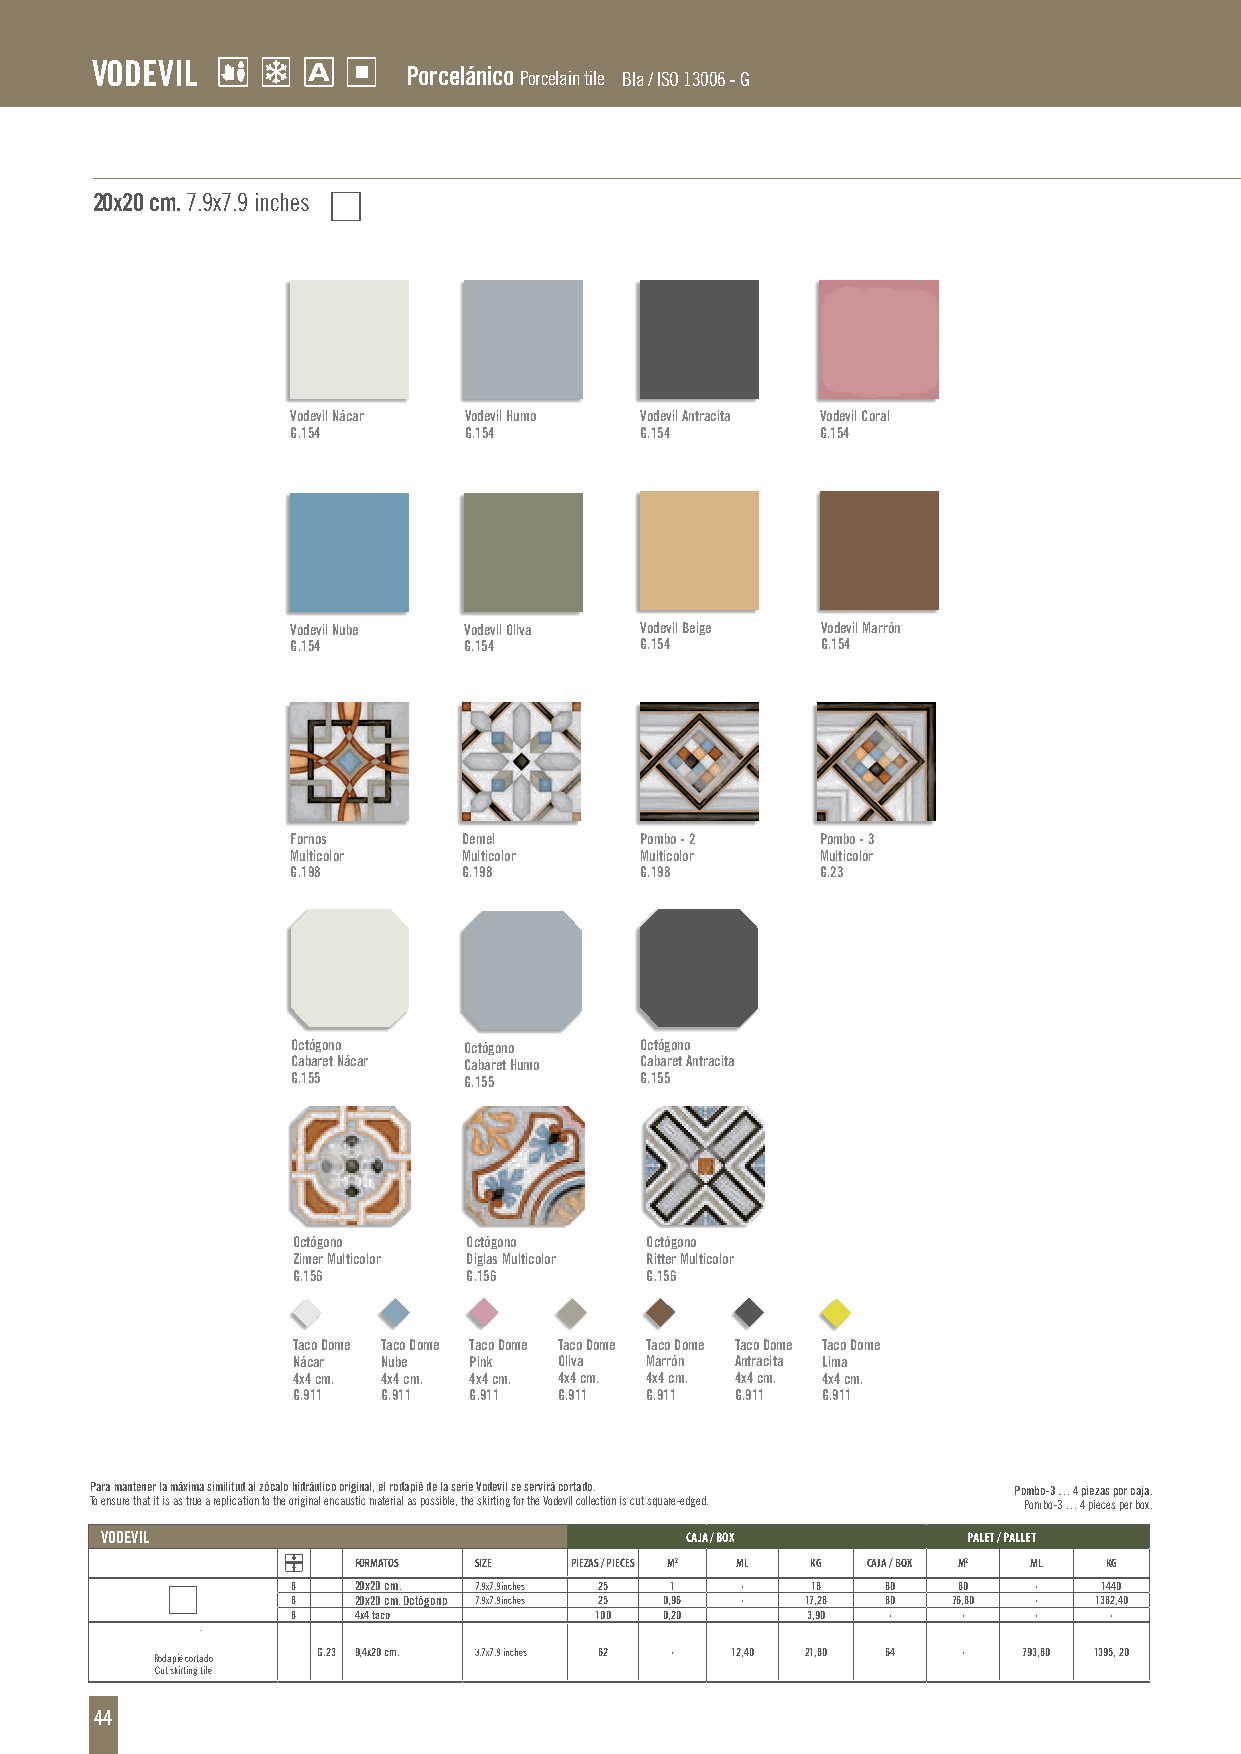
VODVEoVdILevil
 Porcelánico PoP rco er lac ine tl iBá leIn a i /c ISo O P1o3r0ce0l6a i-n G tile BIa / ISO 13006 - G
 20x20 cm. 7.9x7.9 inches
 Vodevil Nácar Vodevil Humo Vodevil Antracita Vodevil Coral
 G.154       G.154      G.154       G.154
 Vodevil Nube Vodevil Oliva Vodevil Beige Vodevil Marrón
 G.154       G.154      G.154       G.154
 Fornos      Demel      Pombo - 2   Pombo - 3
 Multicolor  Multicolor Multicolor  Multicolor
 G.198       G.198      G.198       G.23
 Octógono    Octógono   Octógono
 Cabaret Nácar Cabaret Humo Cabaret Antracita
 G.155       G.155      G.155
 Octógono    Octógono    Octógono
 Zimer Multicolor Diglas Multicolor Ritter Multicolor
 G.156       G.156       G.156
 Taco Dome Taco Dome Taco Dome Taco Dome Taco Dome Taco Dome Taco Dome
 Nácar Nube  Pink  Oliva Marrón Antracita Lima
 4x4 cm. 4x4 cm. 4x4 cm. 4x4 cm. 4x4 cm. 4x4 cm. 4x4 cm.
 G.911 G.911 G.911 G.911 G.911 G.911 G.911
 Para mantener la máxima similitud al zócalo hidráulico original, el rodapié de la serie Vodevil se servirá cortado. Pombo-3 … 4 piezas por caja.
 To ensure that it is as true a replication to the original encaustic material as possible, the skirting for the Vodevil collection is cut square-edged. Pombo-3 … 4 pieces per box.
 VODEVIL                               CAJA / BOX         PALET / PALLET
 FORMATOS SIZE  PIEZAS / PIECES M2 ML KG CAJA / BOX M2 ML KG
 8   20x20 cm. 7.9x7.9inches 25 1 · 18   80  80   ·    1440
 8   20x20 cm. Octógono 7.9x7.9inches 25 0,96 · 17,28 80 76,80 · 1382,40
 8   4x4 taco        100  0,20     3,90  ·    ·   ·    ·
 Rodapié cortado G.23 9,4x20 cm. 3.7x7.9 inches 62 · 12,40 21,80 64 · 793,80 1395, 20
 Cut skirting tile
 44